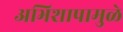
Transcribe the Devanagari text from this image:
अभिशापामुळे